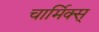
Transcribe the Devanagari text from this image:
चार्मिक्स्